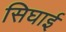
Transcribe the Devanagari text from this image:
सिघाई